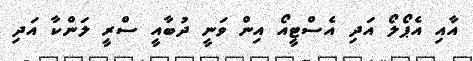
އާއި އެޕޯލޯ އަދި އެސްޓީއޯ އިން ވަނީ ދުބާއީ ސްރީ ލަންކާ އަދި